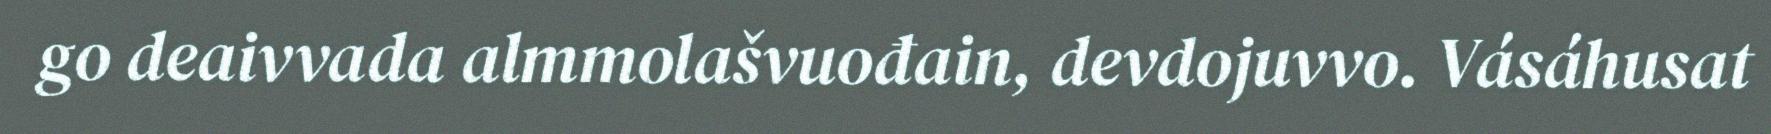
go deaivvada almmolašvuođain, devdojuvvo. Vásáhusat